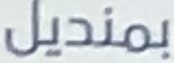
بمنديل